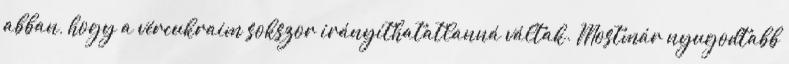
abban, hogy a vércukraim sokszor irányíthatatlanná váltak. Mostmár nyugodtabb